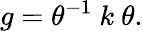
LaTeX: g=\theta^{-1}~k~\theta.